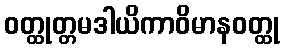
ဝတ္ထုတ္တမဒါယိကာဝိမာနဝတ္ထု